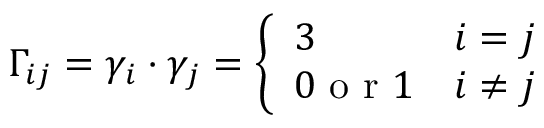
\Gamma _ { i j } = \gamma _ { i } \cdot \gamma _ { j } = \left\{ \begin{array} { l l } { { 3 } } & { { i = j } } \\ { { 0 \textrm { o r } 1 } } & { { i \ne j } } \end{array} \right.